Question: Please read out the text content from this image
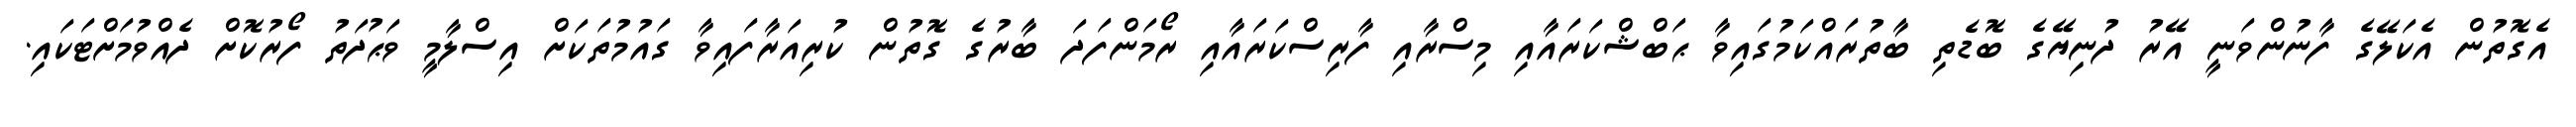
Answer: އެގޮތުން އެކަލޭގެ ފާނުންވަނީ އޭރު ދުނިޔޭގެ ބޮޑެތި ބާތުރައްކަމުގައިވާ ޙަބްޝްކަރައާއި މިސްރާއި ފާރިސްކަރައާއި ރޯމަންފަދަ ބާރުގެ ގޮތުން ކުރިއަރާފައިވާ ގައުމުތަކަށް އިސްލާމީ ވަޙުދަތު ފޯރުކޮށް ދެއްވުމަށްޓަކައި.